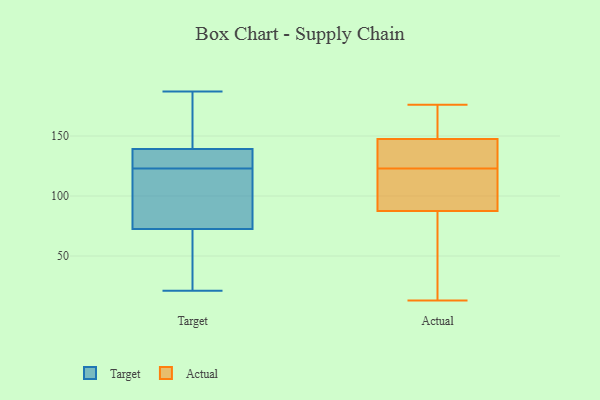
{"axis": {"x": "Tickets Resolved", "y": "Value"}, "legend": ["Actual", "Target"], "data": [{"x": "", "y": 108, "type": "Target"}, {"x": "", "y": 131, "type": "Target"}, {"x": "", "y": 187, "type": "Target"}, {"x": "", "y": 136, "type": "Target"}, {"x": "", "y": 59, "type": "Target"}, {"x": "", "y": 77, "type": "Target"}, {"x": "", "y": 53, "type": "Target"}, {"x": "", "y": 138, "type": "Target"}, {"x": "", "y": 25, "type": "Target"}, {"x": "", "y": 126, "type": "Target"}, {"x": "", "y": 82, "type": "Target"}, {"x": "", "y": 178, "type": "Target"}, {"x": "", "y": 123, "type": "Target"}, {"x": "", "y": 21, "type": "Target"}, {"x": "", "y": 177, "type": "Target"}, {"x": "", "y": 143, "type": "Target"}, {"x": "", "y": 89, "type": "Target"}, {"x": "", "y": 145, "type": "Actual"}, {"x": "", "y": 123, "type": "Actual"}, {"x": "", "y": 51, "type": "Actual"}, {"x": "", "y": 104, "type": "Actual"}, {"x": "", "y": 146, "type": "Actual"}, {"x": "", "y": 110, "type": "Actual"}, {"x": "", "y": 29, "type": "Actual"}, {"x": "", "y": 82, "type": "Actual"}, {"x": "", "y": 148, "type": "Actual"}, {"x": "", "y": 175, "type": "Actual"}, {"x": "", "y": 176, "type": "Actual"}, {"x": "", "y": 172, "type": "Actual"}, {"x": "", "y": 13, "type": "Actual"}, {"x": "", "y": 108, "type": "Actual"}, {"x": "", "y": 130, "type": "Actual"}]}